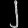
Digit: ၂